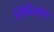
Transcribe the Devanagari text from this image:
स्थितिकोण